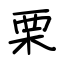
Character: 栗